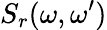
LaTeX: S_{r}(\omega,\omega^{\prime})